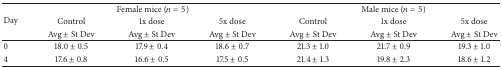
<table><thead><tr><td rowspan="3"><b>Day</b></td><td colspan="3"><b>Female mice (<i>n</i> = 5)</b></td><td colspan="3"><b>Male mice (<i>n</i> = 5)</b></td></tr><tr><td><b>Control</b></td><td><b>1x dose</b></td><td><b>5x dose</b></td><td><b>Control</b></td><td><b>1x dose</b></td><td><b>5x dose</b></td></tr><tr><td><b>Avg ± St Dev</b></td><td><b>Avg ± St Dev</b></td><td><b>Avg ± St Dev</b></td><td><b>Avg ± St Dev</b></td><td><b>Avg ± St Dev</b></td><td><b>Avg ± St Dev</b></td></tr></thead><tbody><tr><td>0 </td><td>18.0 ± 0.5</td><td>17.9 ± 0.4</td><td>18.6 ± 0.7</td><td>21.3 ± 1.0</td><td>21.7 ± 0.9</td><td>19.3 ± 1.0</td></tr><tr><td>4</td><td>17.6 ± 0.8</td><td>16.6 ± 0.5</td><td>17.5 ± 0.5</td><td>21.4 ± 1.3</td><td>19.8 ± 2.3</td><td>18.6 ± 1.2</td></tr></tbody></table>